65_HS1-834228961_62-HQ-83894_Section_1
Agency: FBI
Page 127
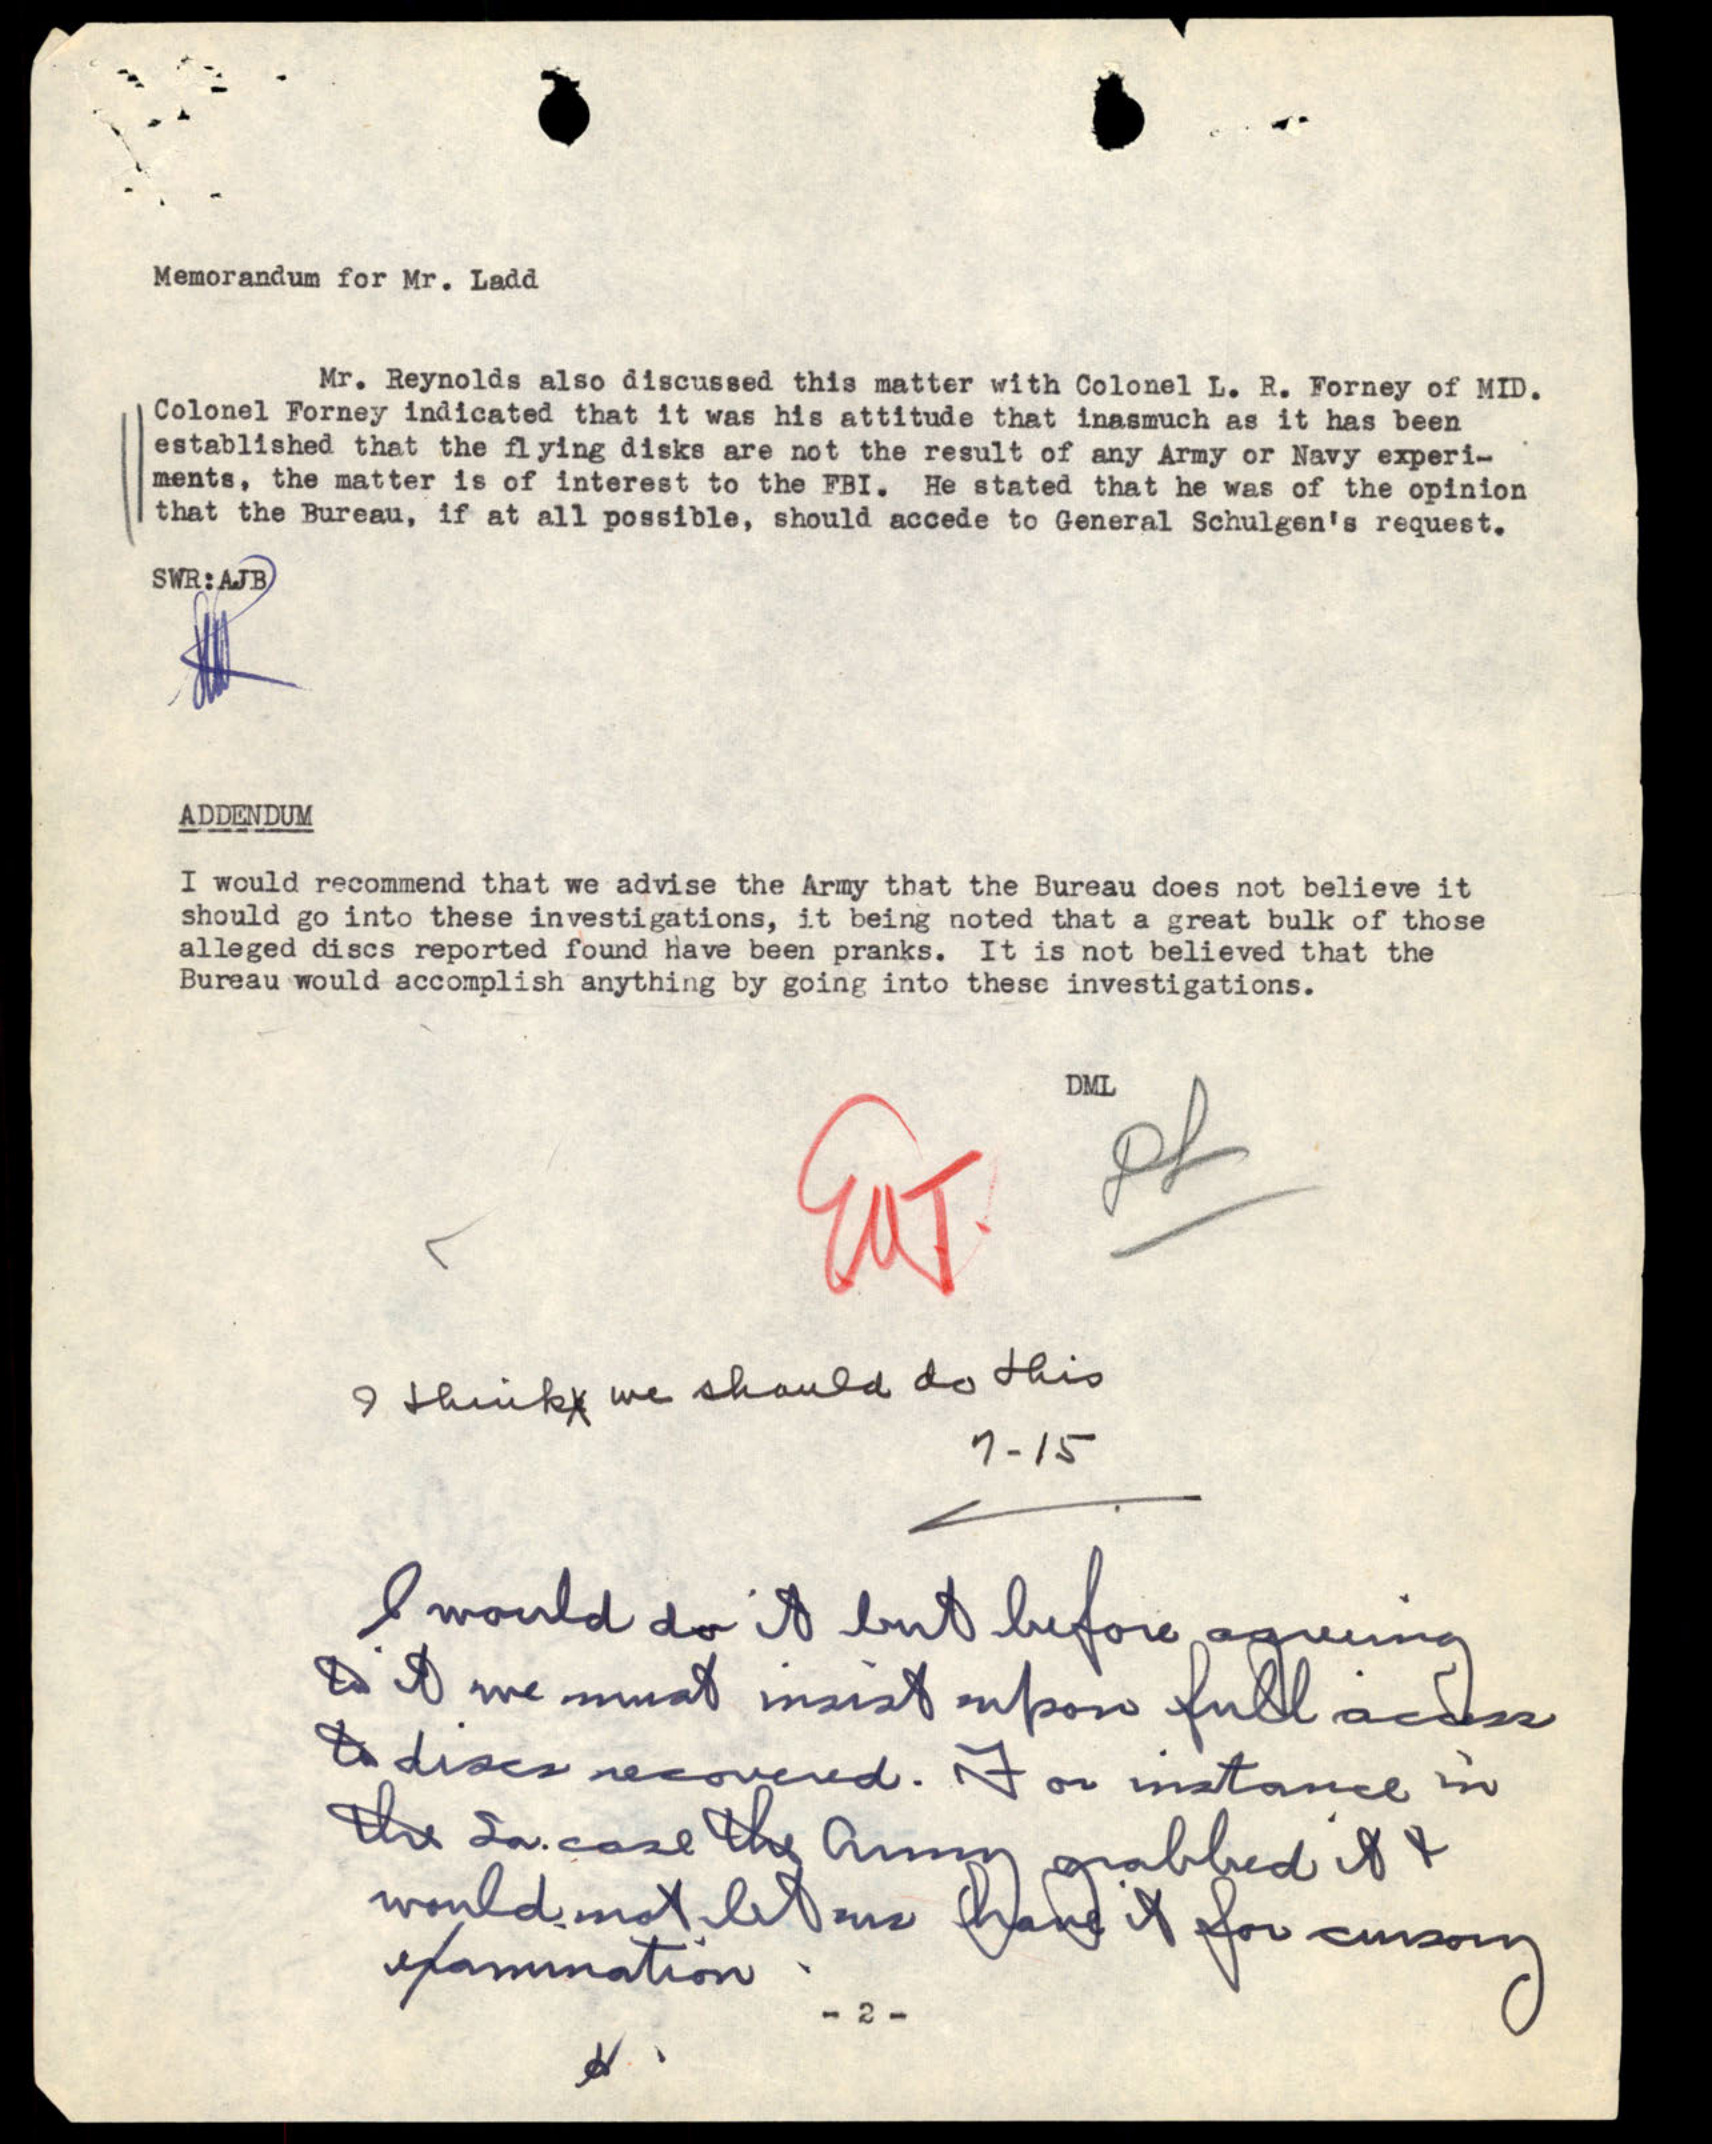